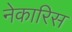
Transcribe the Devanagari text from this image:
नेकारिस